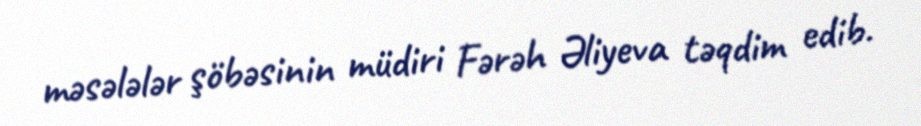
məsələlər şöbəsinin müdiri Fərəh Əliyeva təqdim edib.